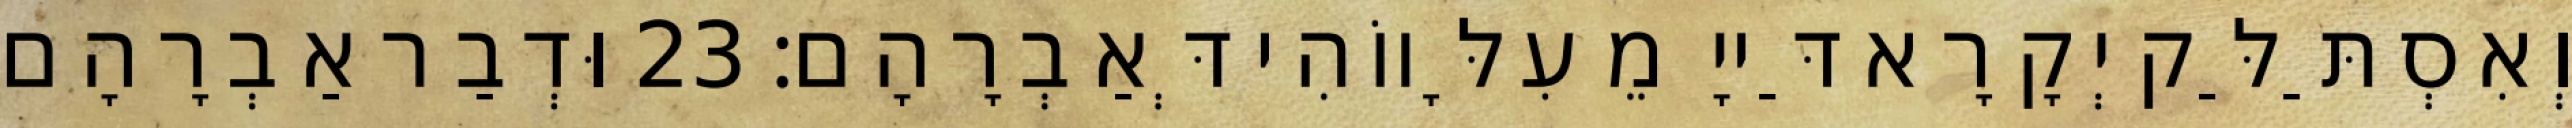
וְאִסְתַּלַּק יְקָרָא דַּייָ מֵעִלָּווֹהִי דְּאַבְרָהָם׃ 23 וּדְבַר אַבְרָהָם